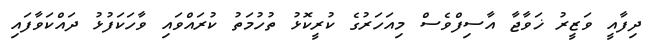
ދިފާއީ ވަޒީރު ޚަވާޖާ އާސިފްވެސް މިއަހަރުގެ ކުރީކޮޅު ތުހުމަތު ކުރައްވައި ވާހަކަފުޅު ދައްކަވާފައި